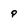
Character: P